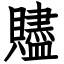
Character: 贐